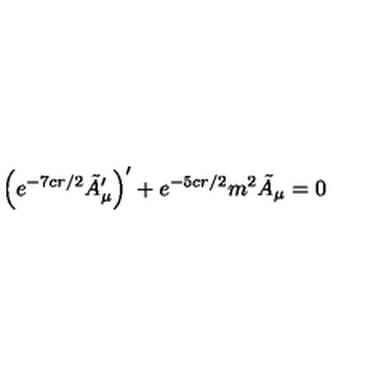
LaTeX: \left( e ^ { - 7 c r / 2 } \tilde { A } _ { \mu } ^ { \prime } \right) ^ { \prime } + e ^ { - 5 c r / 2 } m ^ { 2 } \tilde { A } _ { \mu } = 0